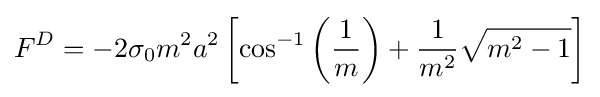
F^{D}=-2\sigma _{0}m^{2}a^{2}\left[\cos ^{-1}\left({\frac {1}{m}}\right)+{\frac {1}{m^{2}}}{\sqrt {m^{2}-1}}\right]